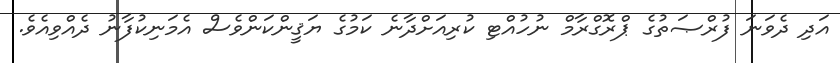
އަދި ދެވަނަ ފުރްޞަތުގެ ޕްރޮގްރާމް ނުހުއްޓި ކުރިއަށްދާނެ ކަމުގެ ޔަޤީންކަންވެސް އެމަނިކުފާނު ދެއްވިއެވެ.